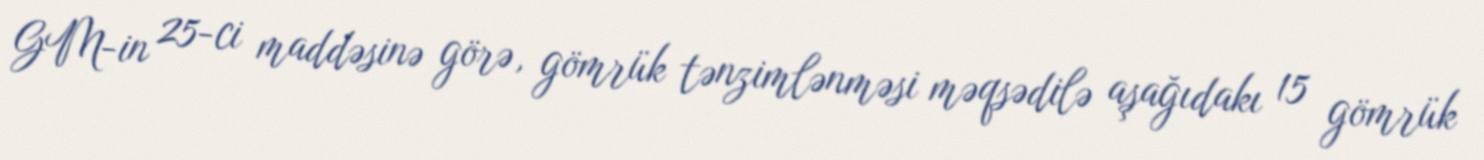
GM-in 25-ci maddəsinə görə, gömrük tənzimlənməsi məqsədilə aşağıdakı 15 gömrük